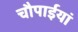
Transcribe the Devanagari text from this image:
चौपाईयां